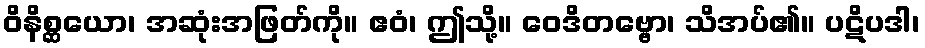
ဝိနိစ္ဆယော၊ အဆုံးအဖြတ်ကို။ ဧဝံ၊ ဤသို့။ ဝေဒိတဗ္ဗော၊ သိအပ်၏။ ပဋိပဒါ၊